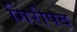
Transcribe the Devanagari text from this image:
गिरीपद